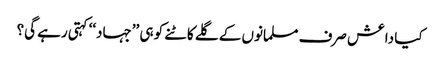
کیا داعش صرف مسلمانوں کے گلے کاٹنے کو ہی ’’جہاد‘‘ کہتی رہے گی؟